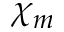
\chi _ { m }